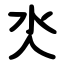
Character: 氼